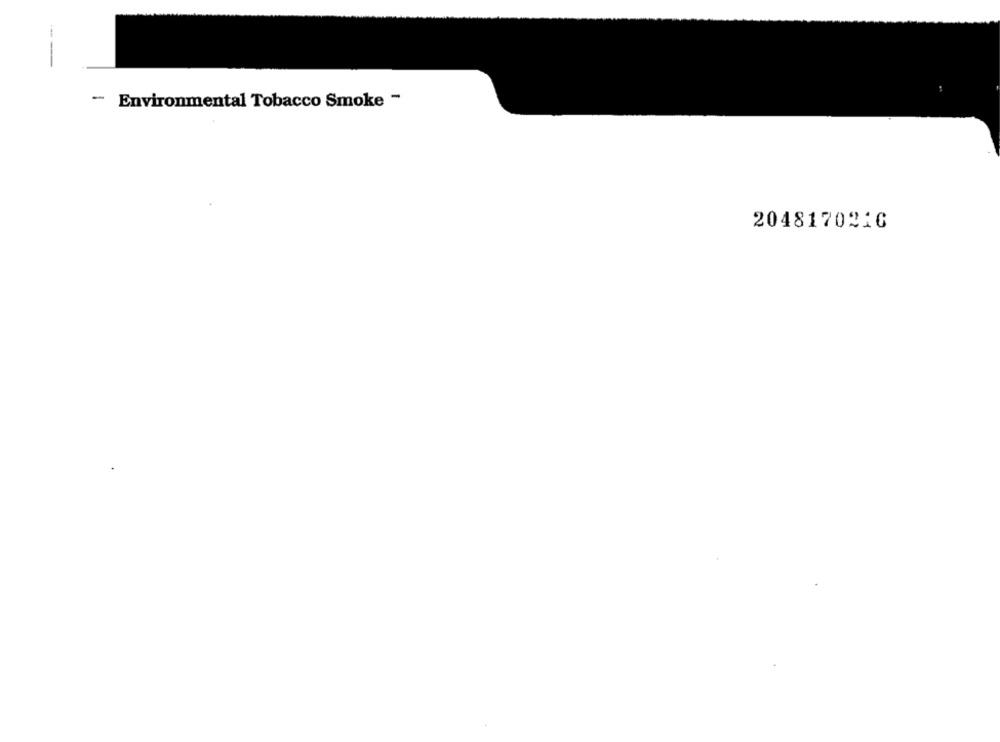
--
- Environmental Tobacco Smoke -
2048170216